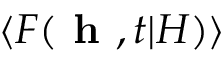
\langle F ( \textbf { h } , t | H ) \rangle